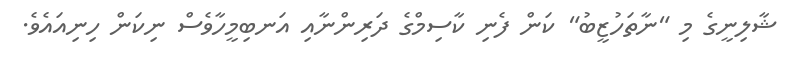
ޝާލިނީގެ މި "ނާތަހުޒީބު" ކަން ފެނި ކާސިމްގެ ދަރިންނާއި އަނބިމީހާވެސް ނިކަން ހިނިއައެވެ.